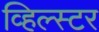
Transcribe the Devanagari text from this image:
व्हिल्स्टर